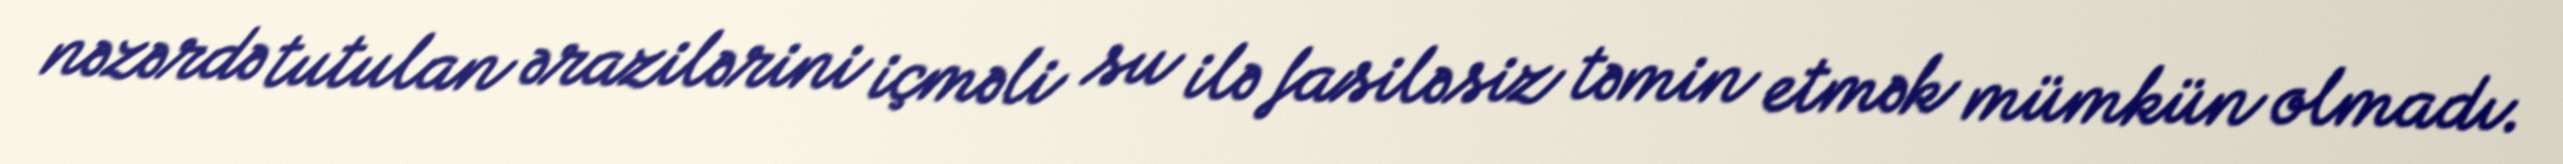
nəzərdə tutulan ərazilərini içməli su ilə fasiləsiz təmin etmək mümkün olmadı.